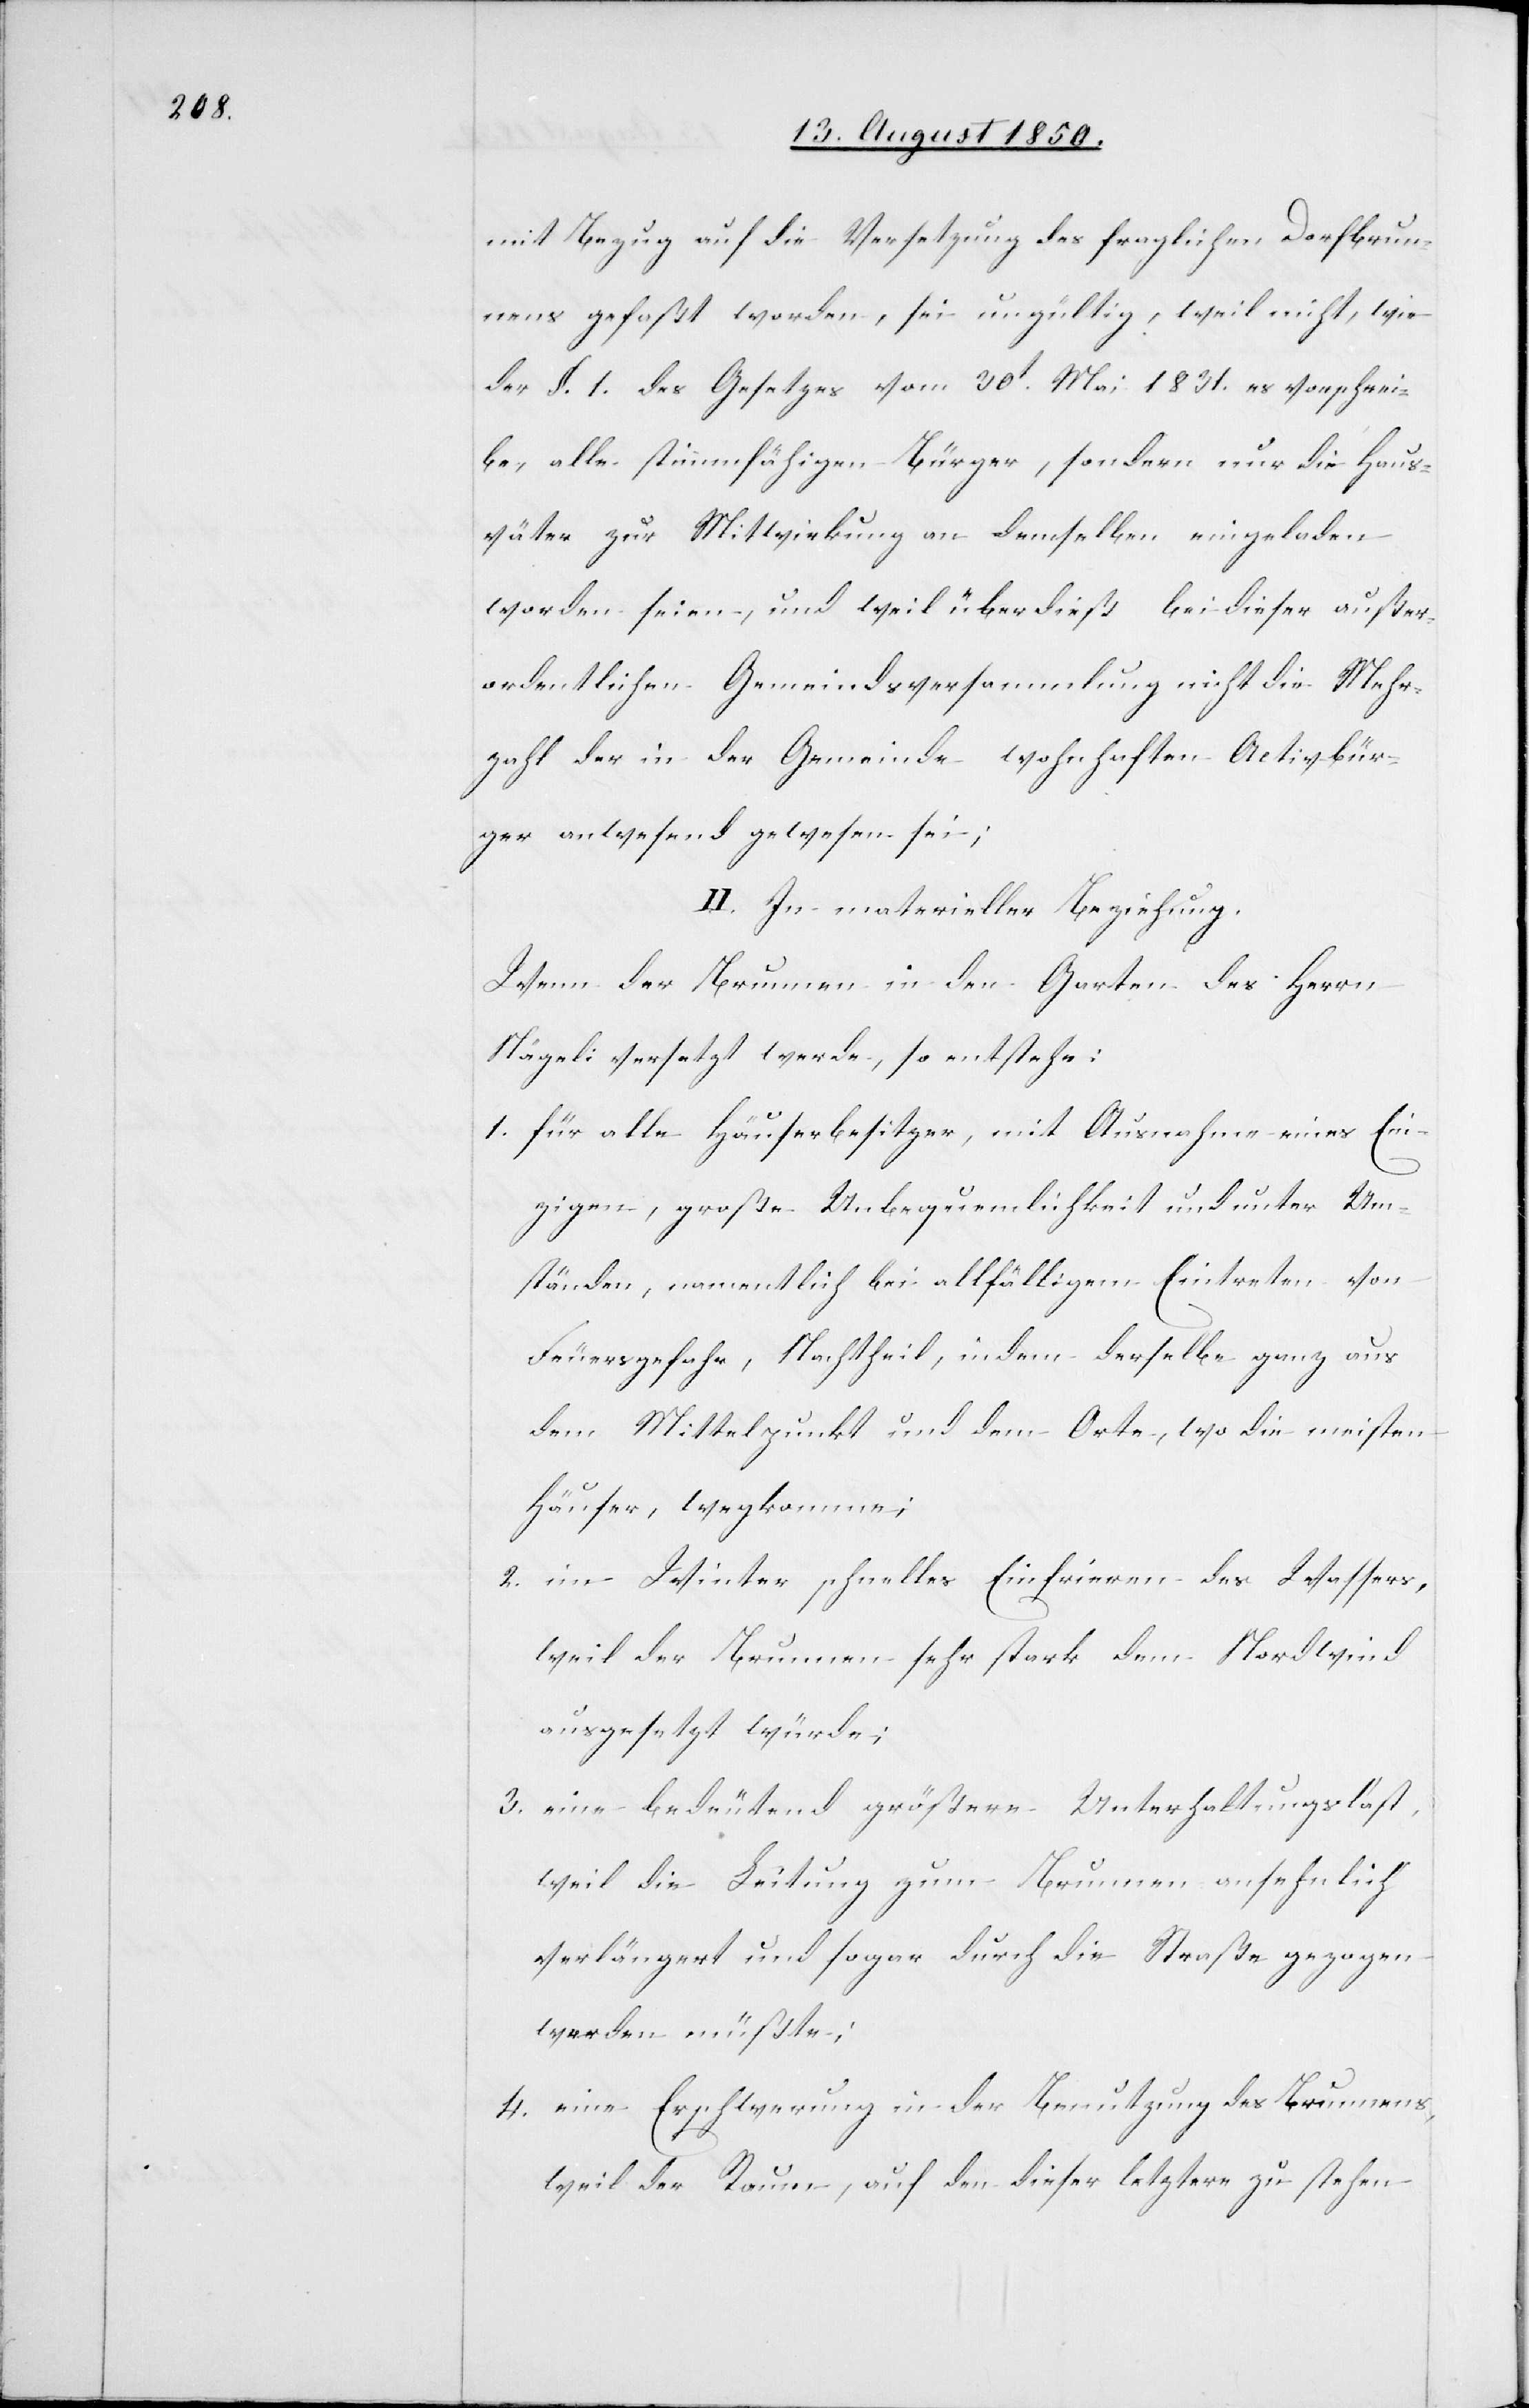
mit Bezug auf die Versetzung des fraglichen Dorfbrun¬
nens gefaßt worden, sei ungültig, weil nicht, wie
der §. 1. des Gesetzes vom 30t Mai 1831. es vorschrei¬
be, alle stimmfähigen Bürger, sondern nur die Haus¬
väter zur Mitwirkung an demselben eingeladen
worden seien, und weil überdieß bei dieser außer¬
ordentlichen Gemeindsversammlung nicht die Mehr¬
zahl der in der Gemeinde wohnhaften Activbür¬
ger anwesend gewesen sei;
II. In materieller Beziehung.
Wenn der Brunnen in den Garten des Herrn
Nägeli versetzt werde, so entstehe:
1. für alle Häuserbesitzer, mit Ausnahme eines Ein¬
zigen, große Unbequemlichkeit und unter Um¬
ständen, namentlich bei allfälligem Eintreten von
Feuersgefahr, Nachtheil, indem derselbe ganz aus
dem Mittelpunkt und dem Orte, wo die meisten
Häuser, wegkomme;
2. im Winter schnelles Einfrieren des Wassers,
weil der Brunnen sehr stark dem Nordwind
ausgesetzt würde;
3. eine bedeutend größere Unterhaltungslast,
weil die Leitung zum Brunnen ansehnlich
verlängert und sogar durch die Straße gezogen
werden müßte;
4. eine Erschwerung in der Benutzung des Brunnens,
weil der Raum, auf den dieser letztere zu stehen